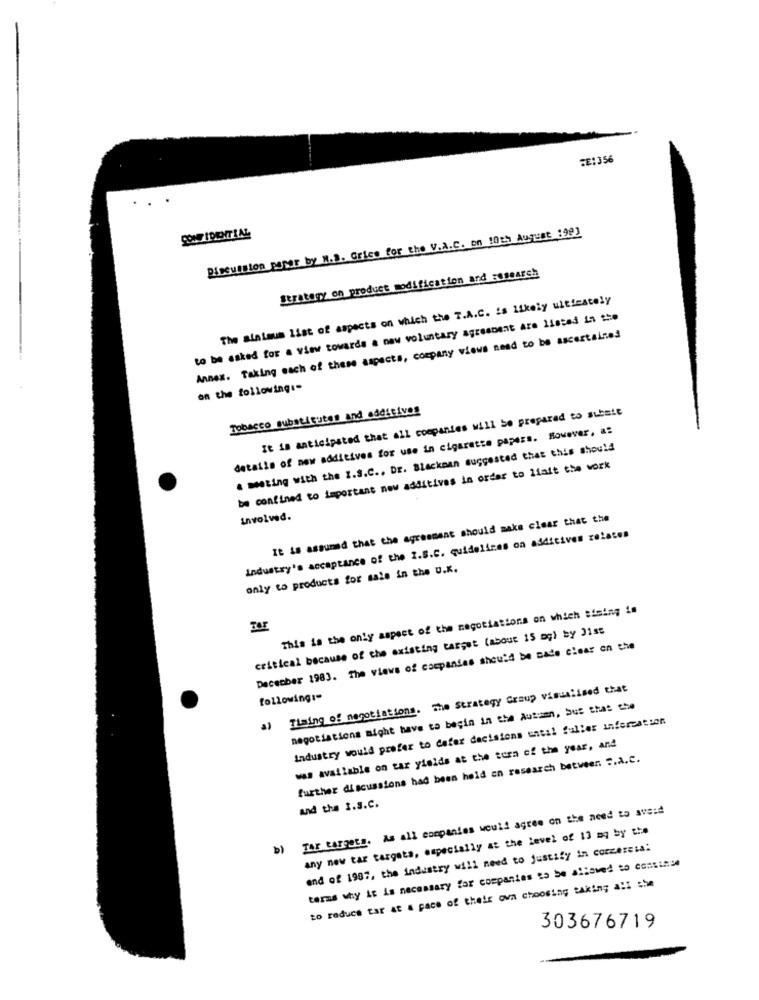
ZE1356
Discussion porer by N.3. Grice for the V.A.C. on 10th August 199]
Strategy on product modification and research
The alnieum list of aspects on which the T.A.C. is likely uitiestely
to be asked for a view towards a new voluntary agressent are listed in the
Annex. Taking each of these aspects, company views need to be ascertained
on the following :-
Tobacco substitutes and additives
It is anticipated that all companies will be prepared to submit
details of new additives for use in cigarette papers. However, a:
. meting with the Z.S.C .. DE. Blackman suggested that this should
be confined to important now additives in order to liait the work
involved.
It is assumed that the agreement should make clear that the
Industry's acceptance of the I.S.C. quidelines on additives relates
only to products for sale in the U.K.
This is the only aspect of the negotiations on which tising in
For
critical because of the existing target (about 15 og) by 31st
December 1983. The views of companies should be made clear on the
3) Timing of negotiations. The Strategy Group visualised that
following :-
negotiations might have to begin in the Autumn, bus that the
Industry would prefer to defer decisions until fuller infercation
was available on tar yields at the torn of the year, and
further discussions had been held on research between: S.a.C.
b) Tar targets. As all companies would agree on the need to avecd
and the I.S.C.
any new tar targata, especially at the level of 13 mq by the
end of 1987, the industry will need to justify in corcercia:
taras why it is necessary for companies to be allowed to continue
to reduce tar at a pace of their own choosing taking all she
303676719